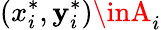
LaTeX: (x_{i}^{*},\mathbf{y}_{i}^{*})\inA_{i}